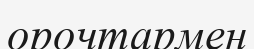
орочтармен